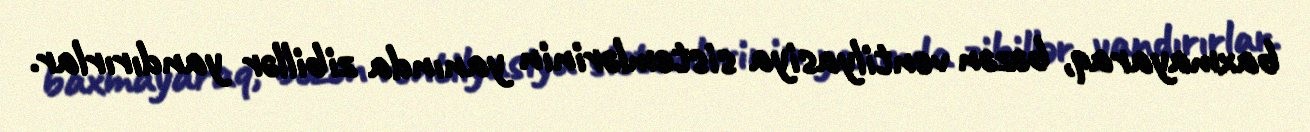
baxmayaraq, bəzən ventilyasiya sistemlərinin yanında zibillər yandırırlar.